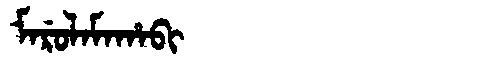
Manchu: ᠮᠠᡵᡠᠯᠠᠮᠠᡥᠠᠪᡳ
Romanization: MARULAMAHABI